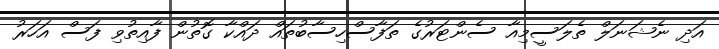
އަދި ނެޝަނަލް ތެލަސީމިއާ ސެންޓަރުގެ ތަފާސްހިސާބުތައް ދައްކާ ގޮތުން ފާއިތުވި ފަސް އަހަރު